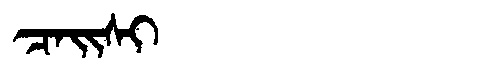
Manchu: ᠴᠠᡳᠰᡳ
Romanization: CAISI